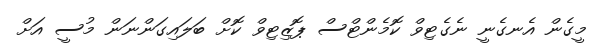
މީގެން އެނގެނީ ނެގެޓިވް ކޮމެންޓްސް ޕޮޒިޓިވް ކޮށް ބަލައިގަންނަން މުސީ އަށް